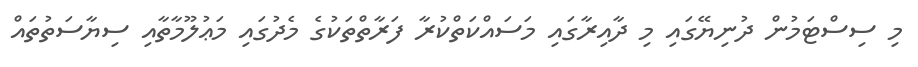
މި ސިސްޓަމުން ދުނިޔޭގައި މި ދާއިރާގައި މަސައްކަތްކުރާ ފަރާތްތަކުގެ މެދުގައި މަޢުލޫމާތާއި ސިޔާސަތުތައް